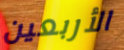
الأربعين